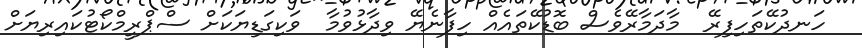
ހަނދުކޭތަހިފިރޭ  މާދަމާރޭވެސް ބޮޑުކޭތައެއް ހިފާނެޔޭ ވިދާޅުވުމާ  ވަކިގަޑިޔަކަށް ސްޕްރީމްކޯޓުކައިރިޔަށް